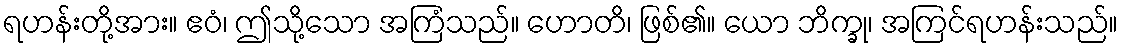
ရဟန်းတို့အား။ ဧဝံ၊ ဤသို့သော အကြံသည်။ ဟောတိ၊ ဖြစ်၏။ ယော ဘိက္ခု၊ အကြင်ရဟန်းသည်။